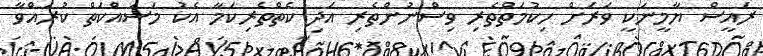
ރައީސް ޔާމީނަކީ ވަރަށް ހިކުމަތްތެރި ވިސްނުންތެރި އަދި ކެތްތެރިކަމާ އެކު މަސައްކަތް ކުރައްވާ